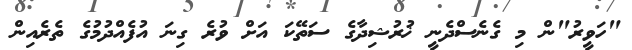
"ހަވީރު"ން މި ގެނެސްދެނީ ޚުރުޝިދާގެ ސަތޭކަ އަށް ވުރެ ގިނަ އުފެެއްދުމުގެ ތެރެއިން